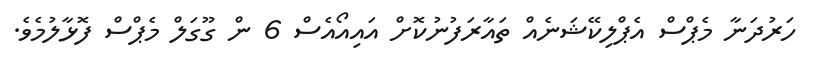
ހަރުދަނާ މެޕްސް އެޕްލިކޭޝަނެއް ތައާރަފުނުކޮށް އައިއޯއެސް 6 ން ގޫގަލް މެޕްސް ފޮޅާލުމެވެ.